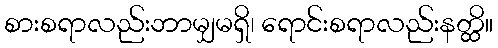
စားစရာလည်းဘာမျှမရှိ၊ ရောင်းစရာလည်းနတ္ထိ။